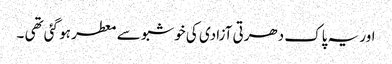
اور یہ پاک دھرتی آزادی کی خوشبو سے معطر ہو گئی تھی ۔